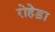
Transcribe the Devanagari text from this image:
रोहेड़ा